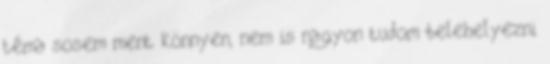
téma sosem ment könnyen, nem is nagyon tudom belehelyezni